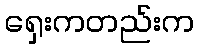
ရှေးကတည်းက